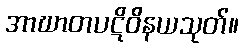
အာဃာတပဋိဝိနယသုတ်။